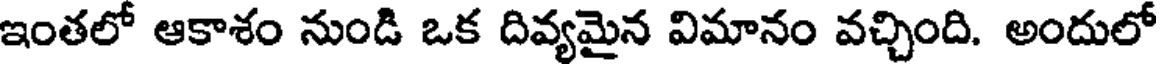
ఇంతలో ఆకాశం నుండి ఒక దివ్యమైన విమానం వచ్చింది. అందులో